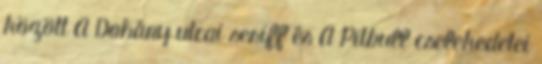
között A Dohány utcai seriff és A Pitbull cselekedetei